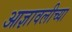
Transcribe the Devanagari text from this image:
आज्ञावलीच्या